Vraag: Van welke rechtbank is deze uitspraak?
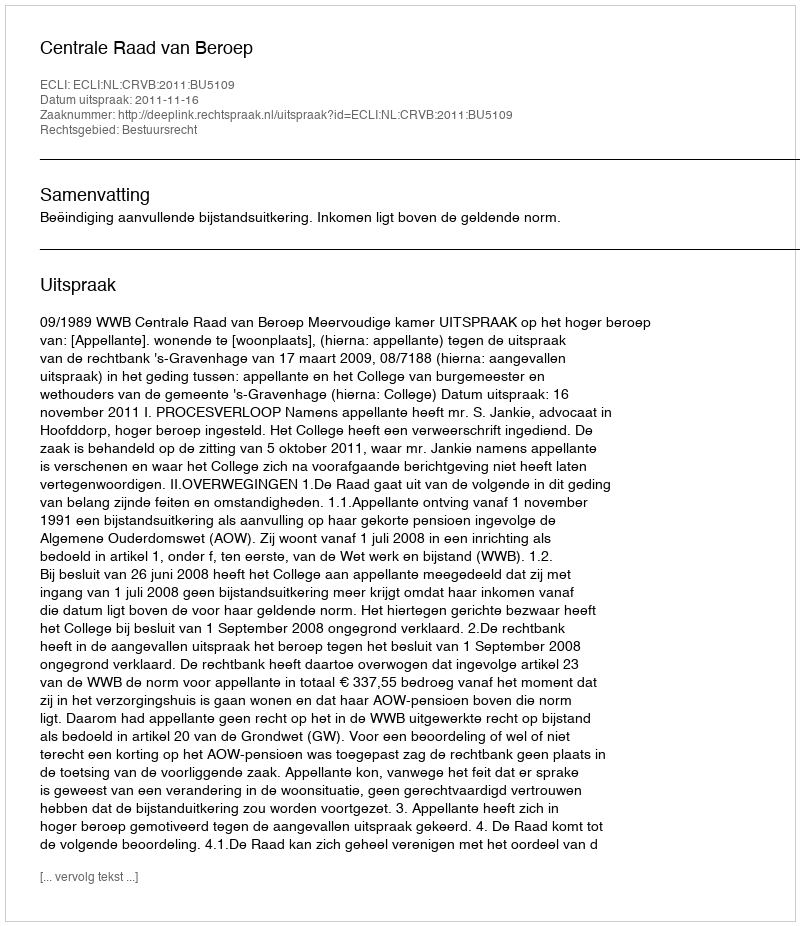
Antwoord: Centrale Raad van Beroep